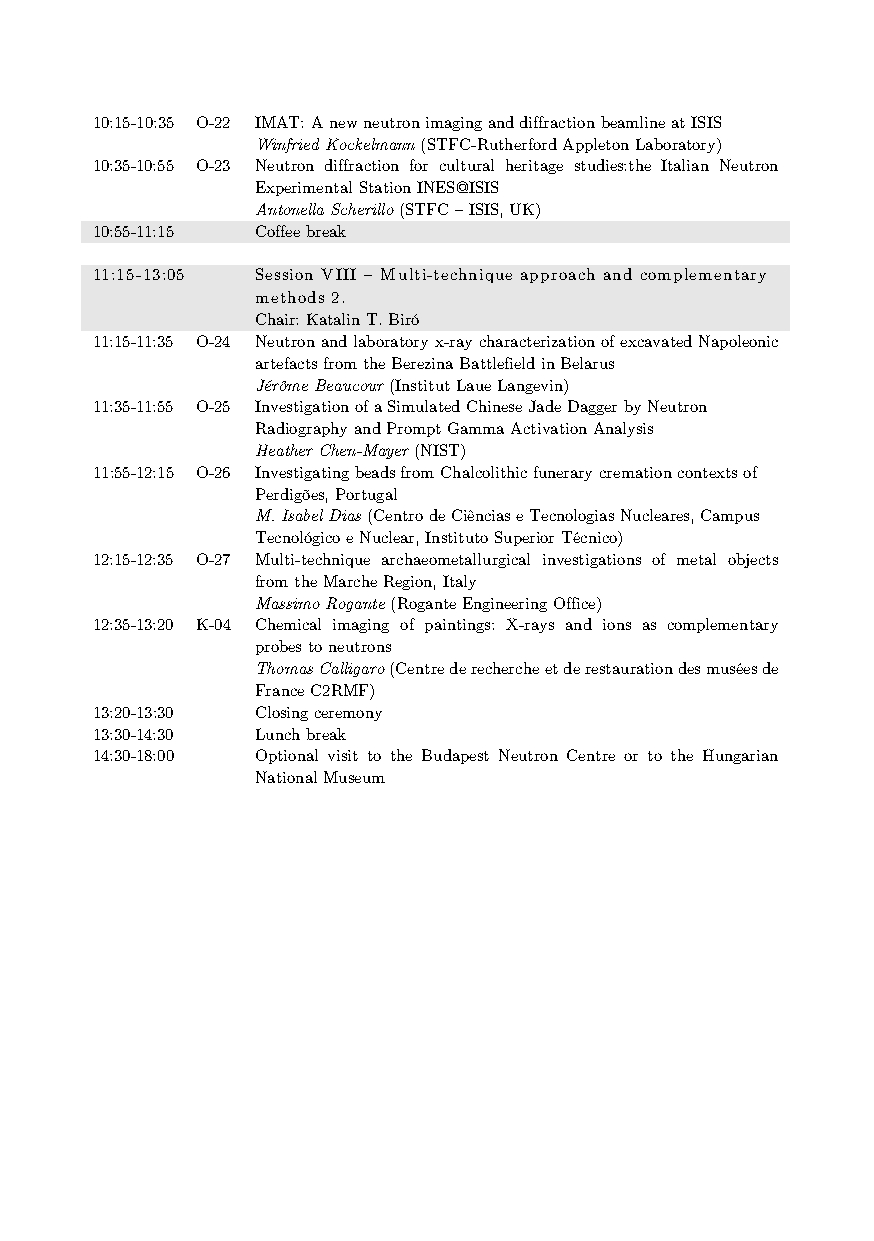
10:15-10:35 O-22 IMAT: A new neutron imaging and diffraction beamline at ISIS
 Winfried Kockelmann (STFC-Rutherford Appleton Laboratory)
 10:35-10:55 O-23 Neutron diffraction for cultural heritage studies:the Italian Neutron
 Experimental Station INES@ISIS
 Antonella Scherillo (STFC – ISIS, UK)
 10:55-11:15 Coffee break
 11:15-13:05 Session VIII – Multi-technique approach and complementary
 methods 2.
 Chair: Katalin T. Biró
 11:15-11:35 O-24 Neutron and laboratory x-ray characterization of excavated Napoleonic
 artefacts from the Berezina Battlefield in Belarus
 Jérôme Beaucour (Institut Laue Langevin)
 11:35-11:55 O-25 Investigation of a Simulated Chinese Jade Dagger by Neutron
 Radiography and Prompt Gamma Activation Analysis
 Heather Chen-Mayer (NIST)
 11:55-12:15 O-26 Investigating beads from Chalcolithic funerary cremation contexts of
 Perdigões, Portugal
 M. Isabel Dias (Centro de Ciências e Tecnologias Nucleares, Campus
 Tecnológico e Nuclear, Instituto Superior Técnico)
 12:15-12:35 O-27 Multi-technique archaeometallurgical investigations of metal objects
 from the Marche Region, Italy
 Massimo Rogante (Rogante Engineering Office)
 12:35-13:20 K-04 Chemical imaging of paintings: X-rays and ions as complementary
 probes to neutrons
 Thomas Calligaro (Centre de recherche et de restauration des musées de
 France C2RMF)
 13:20-13:30 Closing ceremony
 13:30-14:30 Lunch break
 14:30-18:00 Optional visit to the Budapest Neutron Centre or to the Hungarian
 National Museum